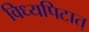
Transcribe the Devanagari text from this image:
विध्यपिटात्